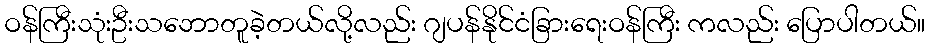
ဝန်ကြီးသုံးဦးသဘောတူခဲ့တယ်လို့လည်း ဂျပန်နိုင်ငံခြားရေးဝန်ကြီး ကလည်း ပြောပါတယ်။